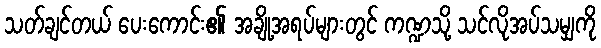
သတ်ချင်တယ် ပေးကောင်း၏ အချို့အရပ်များတွင် ကဏ္ဍသို့ သင်လိုအပ်သမျှကို